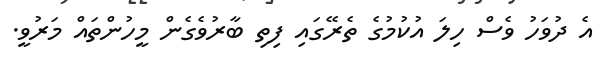
އެ ދުވަހު ވެސް ހިލަ އުކުމުގެ ތެރޭގައި ފިތި ބާރުވެގެން މީހުންތައް މަރުވީ.